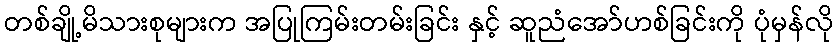
တစ်ချို့မိသားစုများက အပြုကြမ်းတမ်းခြင်း နှင့် ဆူညံအော်ဟစ်ခြင်းကို ပုံမှန်လို